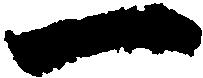
一